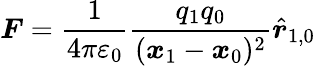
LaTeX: {\boldsymbol{F}}={\frac{1}{4\pi\varepsilon_{0}}}{\frac{q_{1}q_{0}}{({\boldsymbol{x}}_{1}-{\boldsymbol{x}}_{0})^{2}}}{\hat{\boldsymbol{r}}}_{1,0}